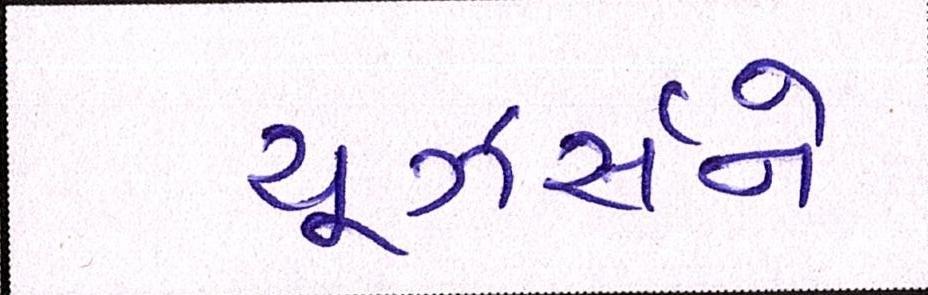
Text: યૂઝર્સને